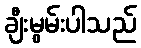
ချီးမွမ်းပါသည်